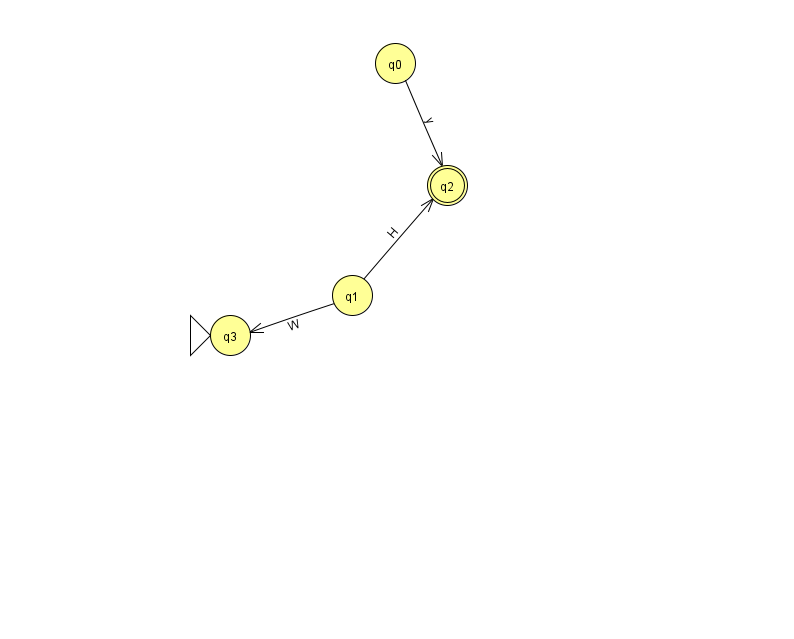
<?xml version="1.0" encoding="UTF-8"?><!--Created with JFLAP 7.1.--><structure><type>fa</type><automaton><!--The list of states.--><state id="0" name="q0"><x>395.0</x><y>50.0</y></state><state id="1" name="q1"><x>352.0</x><y>282.0</y></state><state id="2" name="q2"><x>447.0</x><y>172.0</y><final/></state><state id="3" name="q3"><x>230.0</x><y>322.0</y><initial/></state><!--The list of transitions.--><transition><from>1</from><to>2</to><read>H</read></transition><transition><from>1</from><to>3</to><read>W</read></transition><transition><from>0</from><to>2</to><read>y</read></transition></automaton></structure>